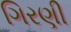
ગિરણી